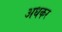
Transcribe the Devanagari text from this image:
अधकर